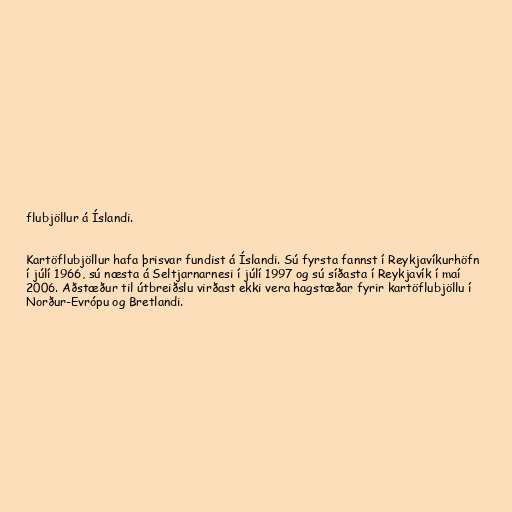
flubjöllur á Íslandi.

Kartöflubjöllur hafa þrisvar fundist á Íslandi. Sú fyrsta fannst í Reykjavíkurhöfn
í júlí 1966, sú næsta á Seltjarnarnesi í júlí 1997 og sú síðasta í Reykjavík í maí
2006. Aðstæður til útbreiðslu virðast ekki vera hagstæðar fyrir kartöflubjöllu í
Norður-Evrópu og Bretlandi.